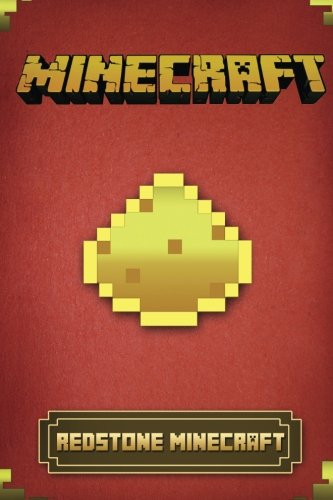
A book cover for Minecraft: Handbook; Tony Williams; Computers & Technology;